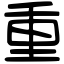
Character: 重